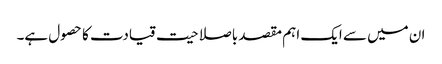
ان میں سے ایک اہم مقصد باصلاحیت قیادت کا حصول ہے۔